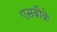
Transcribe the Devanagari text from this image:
एसबीके